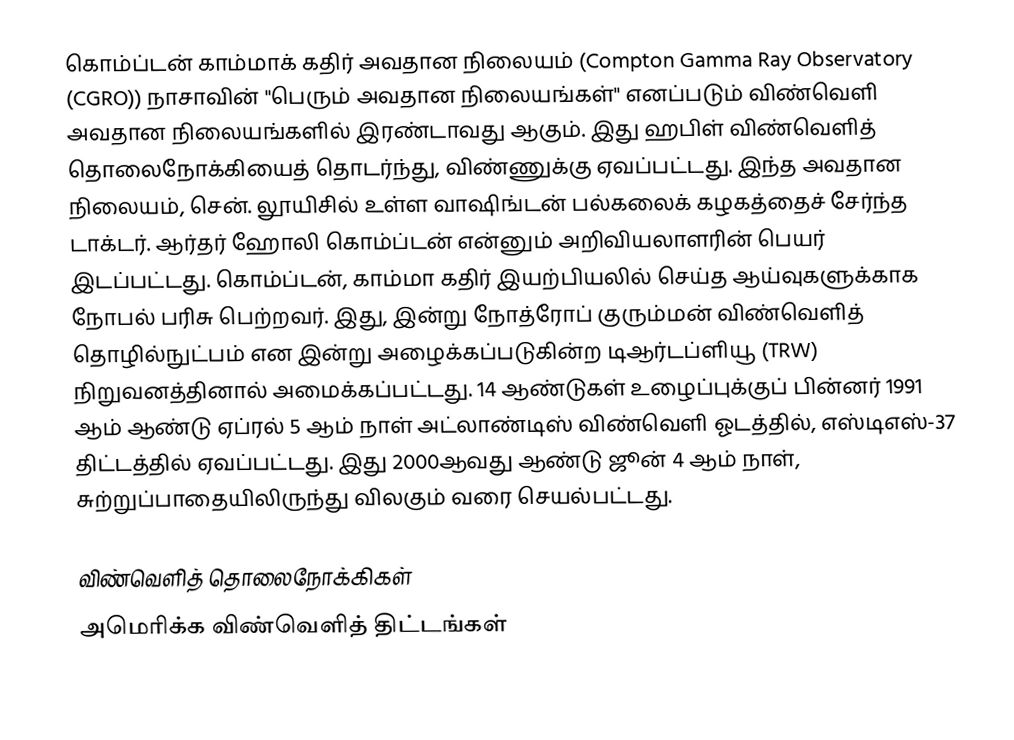
கொம்ப்டன் காம்மாக் கதிர் அவதான நிலையம் (Compton Gamma Ray Observatory (CGRO)) நாசாவின் "பெரும் அவதான நிலையங்கள்" எனப்படும் விண்வெளி அவதான நிலையங்களில் இரண்டாவது ஆகும். இது ஹபிள் விண்வெளித் தொலைநோக்கியைத் தொடர்ந்து, விண்ணுக்கு ஏவப்பட்டது. இந்த அவதான நிலையம், சென். லூயிசில் உள்ள வாஷிங்டன் பல்கலைக் கழகத்தைச் சேர்ந்த டாக்டர். ஆர்தர் ஹோலி கொம்ப்டன் என்னும் அறிவியலாளரின் பெயர் இடப்பட்டது. கொம்ப்டன், காம்மா கதிர் இயற்பியலில் செய்த ஆய்வுகளுக்காக நோபல் பரிசு பெற்றவர். இது, இன்று நோத்ரோப் குரும்மன் விண்வெளித் தொழில்நுட்பம் என இன்று அழைக்கப்படுகின்ற டிஆர்டப்ளியூ (TRW) நிறுவனத்தினால் அமைக்கப்பட்டது. 14 ஆண்டுகள் உழைப்புக்குப் பின்னர் 1991 ஆம் ஆண்டு ஏப்ரல் 5 ஆம் நாள் அட்லாண்டிஸ் விண்வெளி ஓடத்தில், எஸ்டிஎஸ்-37 திட்டத்தில் ஏவப்பட்டது. இது 2000ஆவது ஆண்டு ஜூன் 4 ஆம் நாள், சுற்றுப்பாதையிலிருந்து விலகும் வரை செயல்பட்டது.

விண்வெளித் தொலைநோக்கிகள்
அமெரிக்க விண்வெளித் திட்டங்கள்